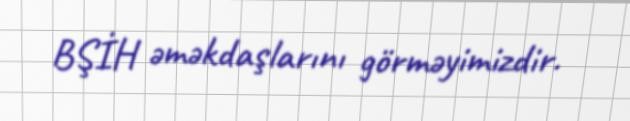
BŞİH əməkdaşlarını görməyimizdir.